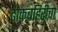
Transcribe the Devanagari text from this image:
ढाकबहिरीचा